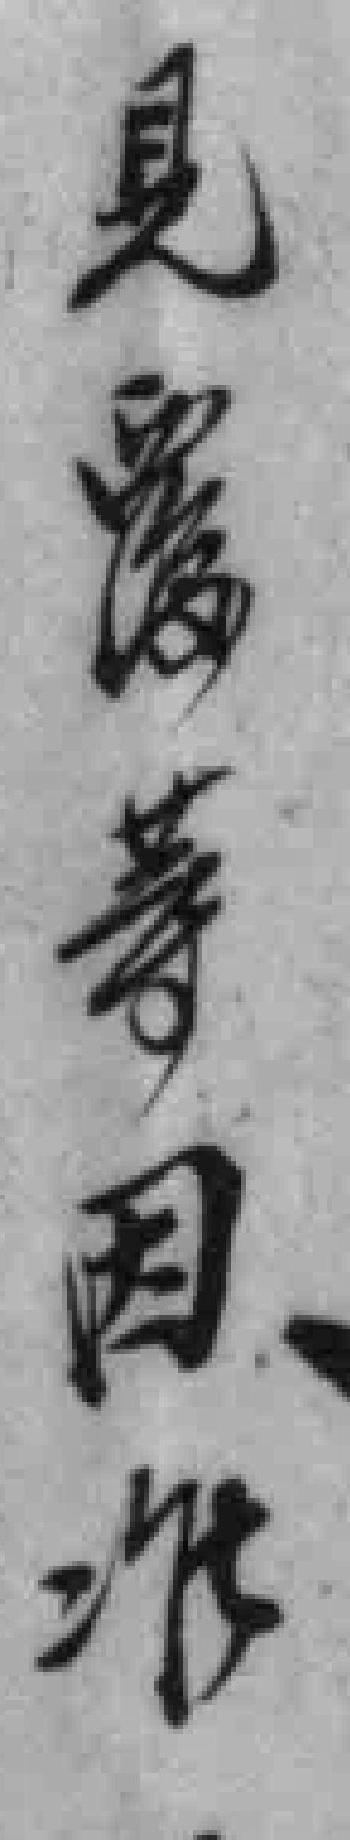
見覆䓁因准